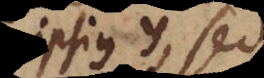
ipsius y, sed